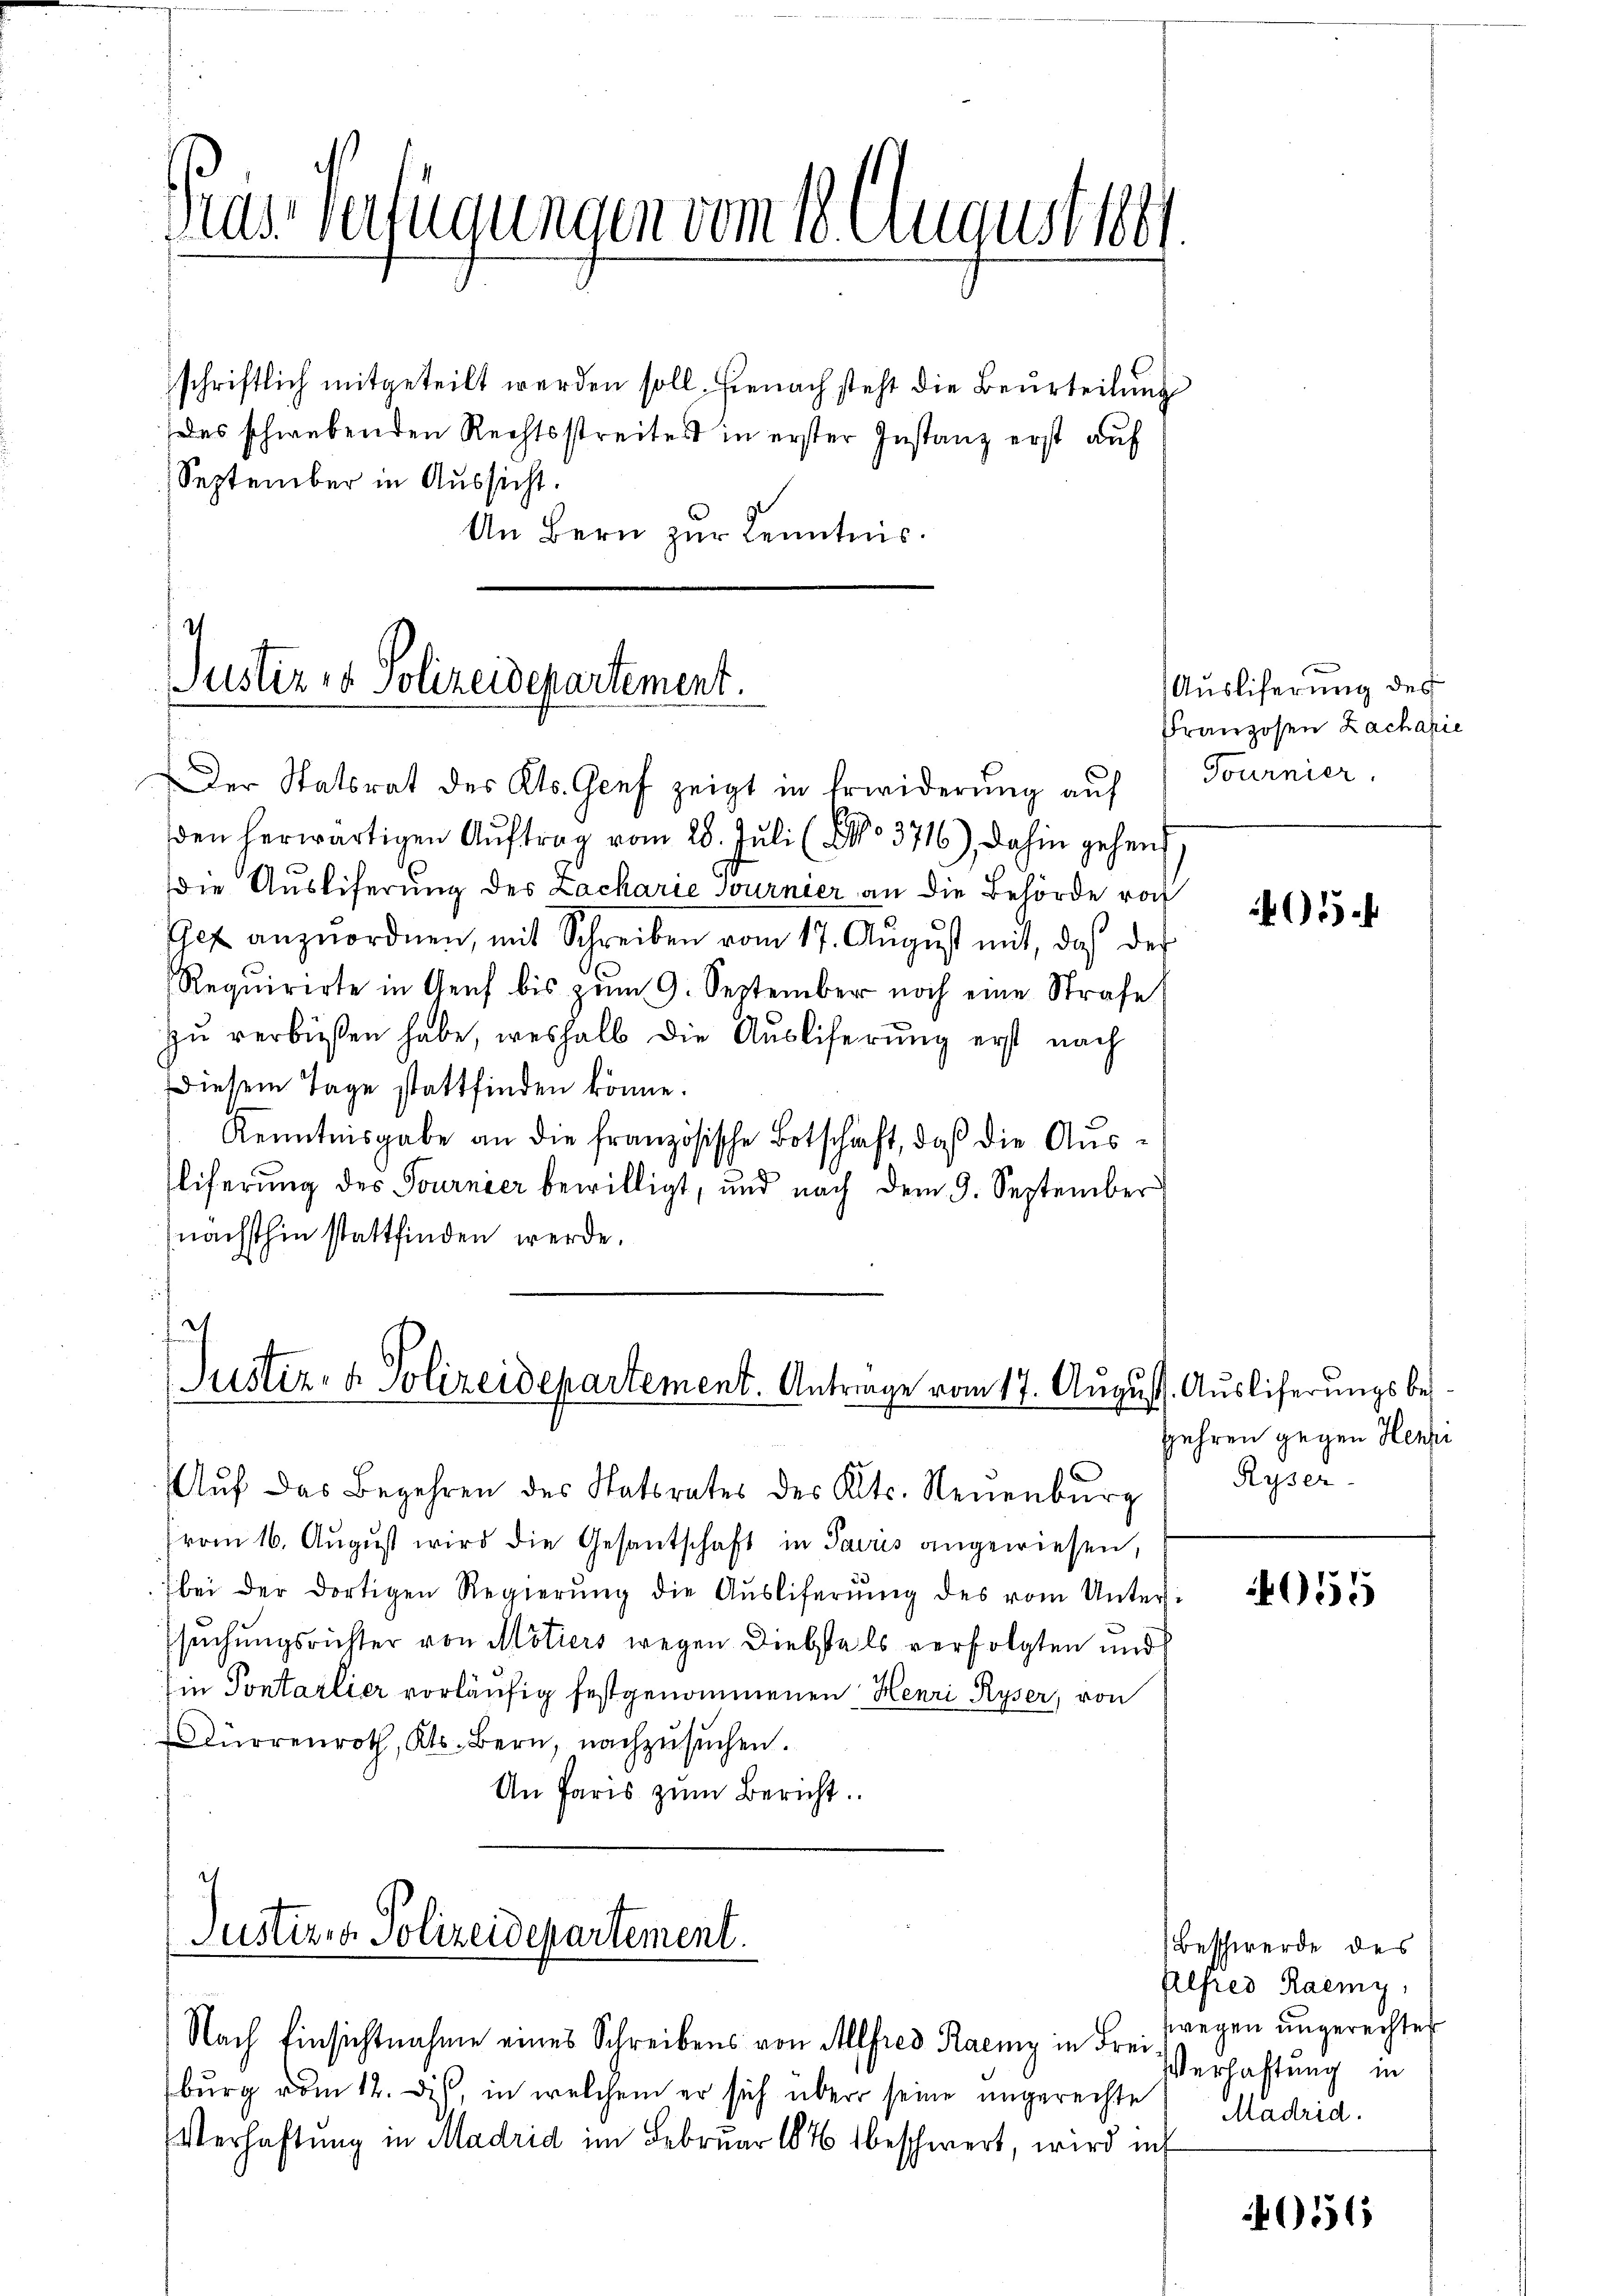
Trase verfügungen vom 18. August 1881.

schriftlich mitgeteilt werden soll. Hienach steht die Beurteilung
Das schwebenden Rechtsstreites in erster Instanz erst auf
September in Aussicht.
An Bern zur Kenntnis.

Justiz & Polizeidepartement.

et
Justiz- & Polizeidepartement. Antrage vom 17. August. Auslieferungsbe¬
Auf das Begehren des Statorates des Kts. Neuenburg

vom 16. Aŭgŭst wird die Gesantschaft in Sacris angewiesen,
bei der dortigen Regierŭng die Aŭsliferŭng des vom Unter-
suchungsrichter von Motiers wegen Diebstals verfolgten und
Ein Pontarlier vorläufig festgenommenen Henri Ryser, von
ürrenroth, Kts. Bern, nachzusuchen.
An Paris zŭm Bericht.

Justizen Polizeidepartement.
Nach Einsichtnahme eines Schreibens von Allfred Raemy in Frei¬

Der Statsrat des Kts. Genf zeigt in Erwiderung auf
den herwärtigen Auftrag vom 28. Juli (NNo 3716), dahin gehen
die Ausliferung des Lackarie Journier an die Behörde roch
Gef anzuordnen, mit Schreiben vom 17. Aŭgŭst mit, daß der
Requirirte in Genf bis zum 9. September noch eine Strafe
zu verbüßen habe, weshalb die Auslieferung erst nach
Diesem Tage stattfinden könne.
Kenntnisgabe an die französische Botschaft, daß die Aŭs-
liferung des Journier bewilligt, und nach dem 9. September
nächsthin stattfinden werde.

burg vom 12. dis, in welchem er sich über seine ungerechte
Verhaftung in Madrid im Februar 1846 beschwert, wird in

Ausliferung des
Franzosen Zachazie
Tournier.

405.

fehren gegen Henri
Ryser

055

Beschwerde des
Alfred Raemy
zwegen ungerechtet
Verhaftung in
Madrid.

4056